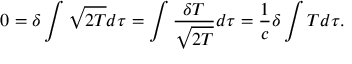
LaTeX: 0 = \delta \int { \sqrt { 2 T } } d \tau = \int { \frac { \delta T } { \sqrt { 2 T } } } d \tau = { \frac { 1 } { c } } \delta \int T d \tau .